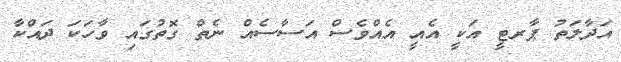
އަދާލަތު ޕާރޓީ އަކީ އެއީ އެއްވެސް އަސާސެއް ނެތް ގޮތުގައި ވާހަކަ ދައްކާ